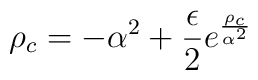
\rho_{c} = - \alpha^{2} + {\epsilon \over 2}e^{\rho_{c} \over \alpha^{2}}